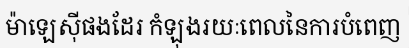
ម៉ាឡេស៊ីផងដែរ កំឡុងរយៈពេលនៃការបំពេញ